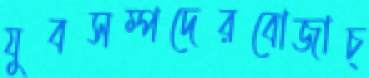
যুবসম্পদেরবোজাচ্